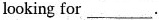
looking for___.